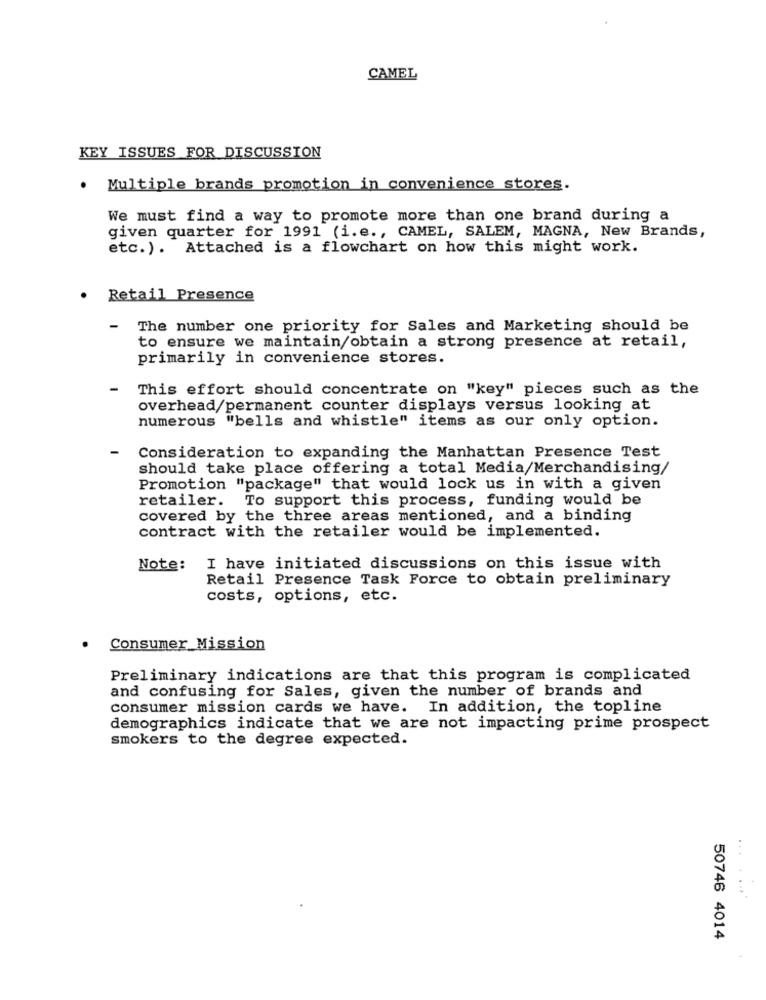
CAMEL
KEY ISSUES FOR DISCUSSION
. Multiple brands promotion in convenience stores.
We must find a way to promote more than one brand during a
given quarter for 1991 (i.e ., CAMEL, SALEM, MAGNA, New Brands,
etc. ). Attached is a flowchart on how this might work.
Retail Presence
-
The number one priority for Sales and Marketing should be
to ensure we maintain/obtain a strong presence at retail,
primarily in convenience stores.
This effort should concentrate on "key" pieces such as the
overhead/permanent counter displays versus looking at
numerous "bells and whistle" items as our only option.
-
Consideration to expanding the Manhattan Presence Test
should take place offering a total Media/Merchandising/
Promotion "package" that would lock us in with a given
retailer. To support this process, funding would be
covered by the three areas mentioned, and a binding
contract with the retailer would be implemented.
Note:
I have initiated discussions on this issue with
Retail Presence Task Force to obtain preliminary
costs, options, etc.
Consumer Mission
Preliminary indications are that this program is complicated
and confusing for Sales, given the number of brands and
consumer mission cards we have. In addition, the topline
demographics indicate that we are not impacting prime prospect
smokers to the degree expected.
50746 4014